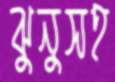
ঝুনুসহ